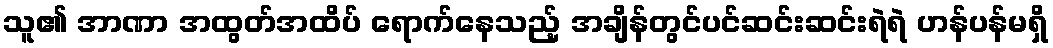
သူ၏ အာဏာ အထွတ်အထိပ် ရောက်နေသည့် အချိန်တွင်ပင်ဆင်းဆင်းရဲရဲ ဟန်ပန်မရှိ